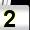
Digit: 2